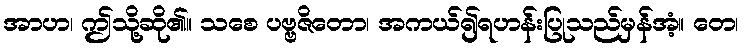
အာဟ၊ ဤသို့ဆို၏။ သစေ ပဗ္ဗဇိတော၊ အကယ်၍ရဟန်းပြုသည်မှန်အံ့။ တေ၊